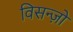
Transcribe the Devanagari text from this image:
विसन्ज़ो